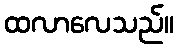
ထလာလေသည်။